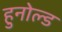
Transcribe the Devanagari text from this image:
हुनोल्ड